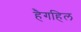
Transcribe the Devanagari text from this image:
हैगहिल